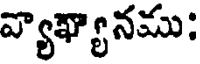
వ్యాఖ్యానము;